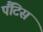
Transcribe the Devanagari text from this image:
पैंटिस